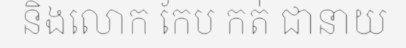
និងលោក កែប កត់ ជានាយ